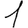
Digit: 1